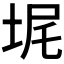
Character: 𪣓